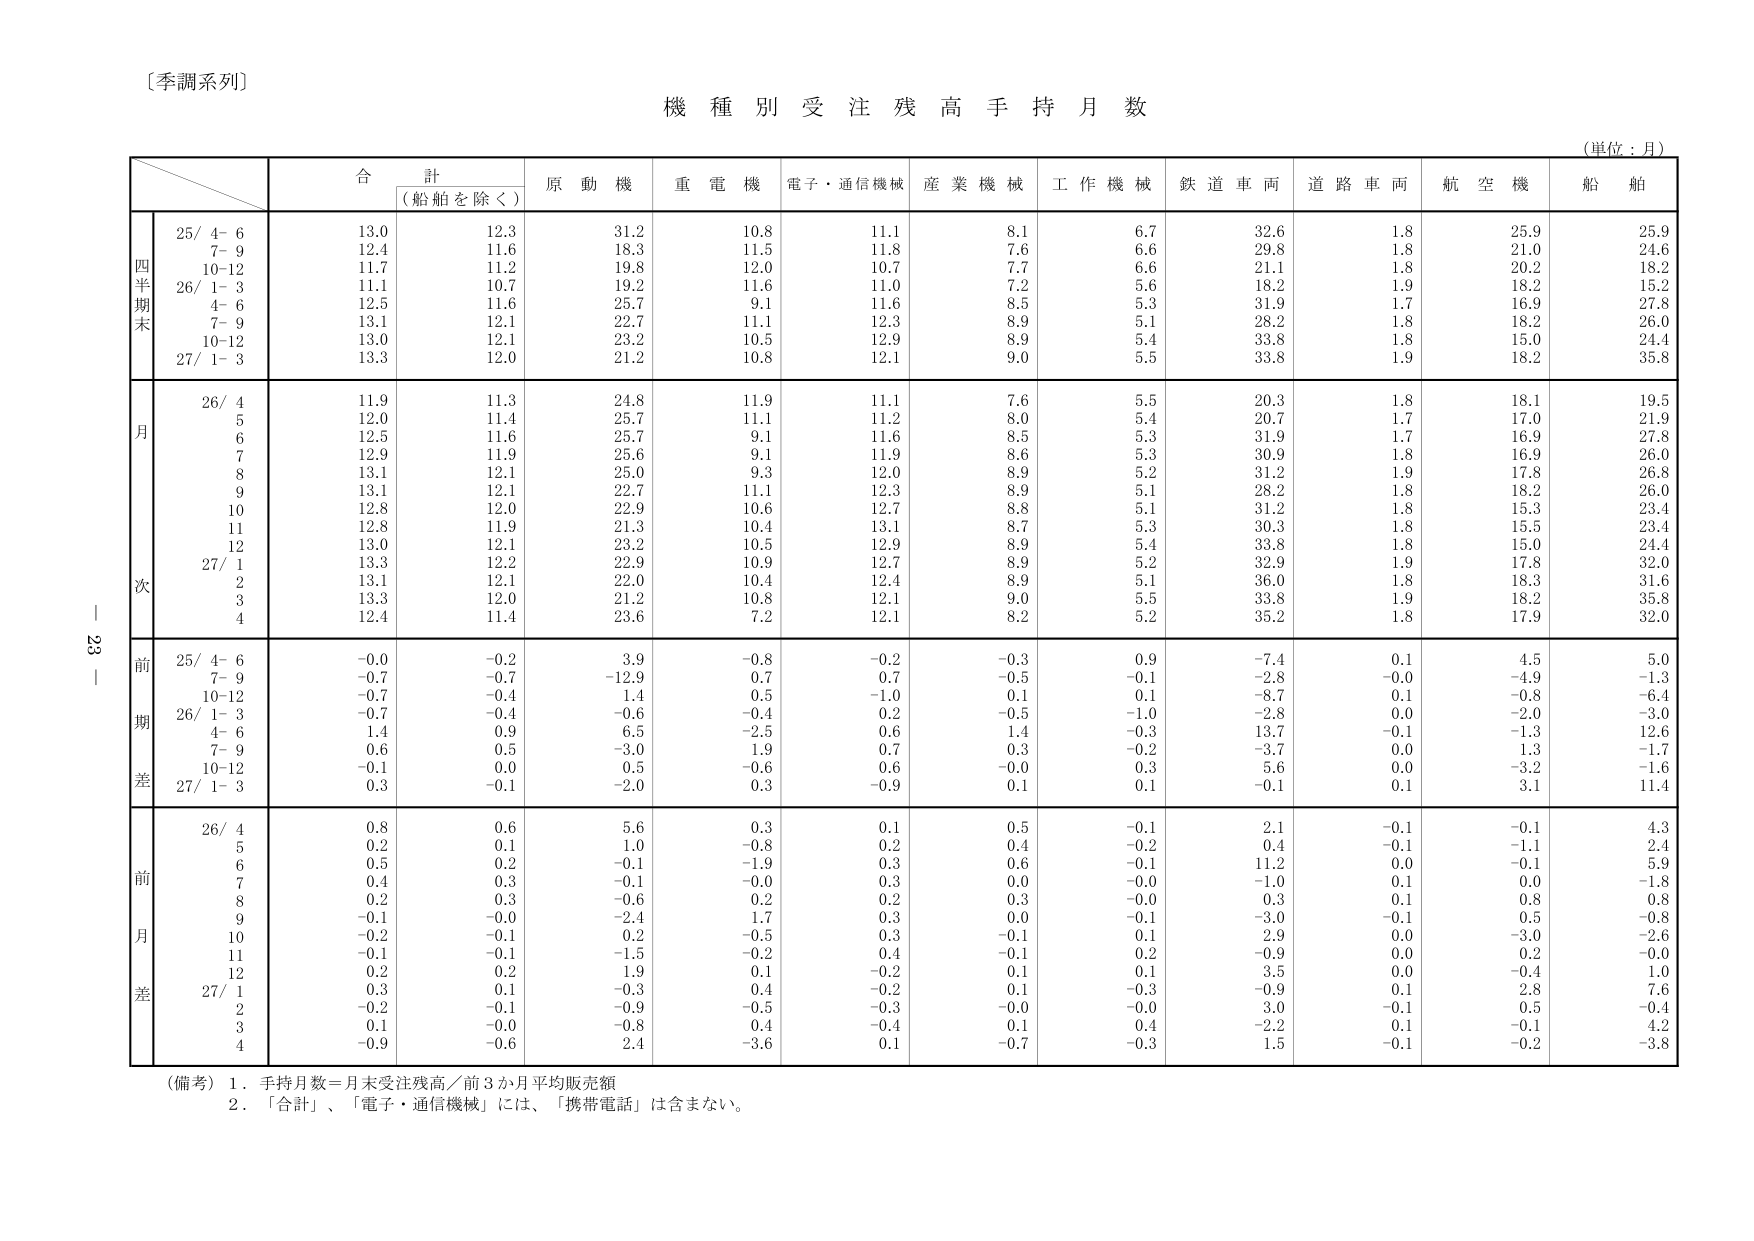
〔季調系列〕
機 種 別 受 注 残 高 手 持 月 数
（単位：月）
合 計
（船舶を除く）
原 動 機
重 電 機
電子・通信機械
産 業 機 械
工 作 機 械
鉄 道 車 両
道 路 車 両
航 空 機
船 舶
四
半
期
末
25/ 4- 6
13.0
12.3
31.2
10.8
11.1
8.1
6.7
32.6
1.8
25.9
25.9
7- 9
12.4
11.6
18.3
11.5
11.8
7.6
6.6
29.8
1.8
21.0
24.6
10-12
11.7
11.2
19.8
12.0
10.7
7.7
6.6
21.1
1.8
20.2
18.2
26/ 1- 3
11.1
10.7
19.2
11.6
11.0
7.2
5.6
18.2
1.9
18.2
15.2
4- 6
12.5
11.6
25.7
9.1
11.6
8.5
5.3
31.9
1.7
16.9
27.8
7- 9
13.1
12.1
22.7
11.1
12.3
8.9
5.1
28.2
1.8
18.2
26.0
10-12
13.0
12.1
23.2
10.5
12.9
8.9
5.4
33.8
1.8
15.0
24.4
27/ 1- 3
13.3
12.0
21.2
10.8
12.1
9.0
5.5
33.8
1.9
18.2
35.8
月
次
26/ 4
11.9
11.3
24.8
11.9
11.1
7.6
5.5
20.3
1.8
18.1
19.5
5
12.0
11.4
25.7
11.1
11.2
8.0
5.4
20.7
1.7
17.0
21.9
6
12.5
11.6
25.7
9.1
11.6
8.5
5.3
31.9
1.7
16.9
27.8
7
12.9
11.9
25.6
9.1
11.9
8.6
5.3
30.9
1.8
16.9
26.0
8
13.1
12.1
25.0
9.3
12.0
8.9
5.2
31.2
1.9
17.8
26.8
9
13.1
12.1
22.7
11.1
12.3
8.9
5.1
28.2
1.8
18.2
26.0
10
12.8
12.0
22.9
10.6
12.7
8.8
5.1
31.2
1.8
15.3
23.4
11
12.8
11.9
21.3
10.4
13.1
8.7
5.3
30.3
1.8
15.5
23.4
12
13.0
12.1
23.2
10.5
12.9
8.9
5.4
33.8
1.8
15.0
24.4
27/ 1
13.3
12.2
22.9
10.9
12.7
8.9
5.2
32.9
1.9
17.8
32.0
2
13.1
12.1
22.0
10.4
12.4
8.9
5.1
36.0
1.8
18.3
31.6
3
13.3
12.0
21.2
10.8
12.1
9.0
5.5
33.8
1.9
18.2
35.8
4
12.4
11.4
23.6
7.2
12.1
8.2
5.2
35.2
1.8
17.9
32.0
前
期
差
25/ 4- 6
-0.0
-0.2
3.9
-0.8
-0.2
-0.3
0.9
-7.4
0.1
4.5
5.0
7- 9
-0.7
-0.7
-12.9
0.7
0.7
-0.5
-0.1
-2.8
-0.0
-4.9
-1.3
10-12
-0.7
-0.4
1.4
0.5
-1.0
0.1
0.1
-8.7
0.1
-0.8
-6.4
26/ 1- 3
-0.7
-0.4
-0.6
-0.4
0.2
-0.5
-1.0
-2.8
0.0
-2.0
-3.0
4- 6
1.4
0.9
6.5
-2.5
0.6
1.4
-0.3
13.7
-0.1
-1.3
12.6
7- 9
0.6
0.5
-3.0
1.9
0.7
0.3
-0.2
-3.7
0.0
1.3
-1.7
10-12
-0.1
0.0
0.5
-0.6
0.6
-0.0
0.3
5.6
0.0
-3.2
-1.6
27/ 1- 3
-0.3
-0.1
-2.0
0.3
-0.9
-0.1
0.1
-0.1
0.1
3.1
11.4
前
月
差
26/ 4
0.8
0.6
5.6
0.3
0.1
0.5
-0.1
2.1
-0.1
-0.1
4.3
5
0.2
0.1
1.0
-0.8
0.2
0.4
-0.2
0.4
-0.1
-1.1
2.4
6
0.5
0.2
-0.1
-1.9
0.3
0.6
-0.1
11.2
0.0
-0.1
5.9
7
0.4
0.3
-0.1
-0.0
0.3
0.0
-0.0
-1.0
0.1
0.0
-1.8
8
0.2
0.3
-0.6
0.2
0.2
0.3
-0.0
0.3
0.1
0.8
0.8
9
-0.1
-0.0
-2.4
1.7
0.3
0.0
-0.1
-3.0
-0.1
0.5
-0.8
10
-0.2
-0.1
0.2
-0.5
0.3
-0.1
0.1
2.9
0.0
-3.0
-2.6
11
-0.1
-0.1
-1.5
-0.2
0.4
-0.1
0.2
-0.9
0.0
0.2
-0.0
12
0.2
0.2
1.9
0.1
-0.2
0.1
0.1
3.5
0.0
-0.4
1.0
27/ 1
0.3
0.1
-0.3
0.4
-0.2
0.1
-0.3
-0.9
0.1
2.8
7.6
2
-0.2
-0.1
-0.9
-0.5
-0.3
-0.0
-0.0
3.0
-0.1
0.5
-0.4
3
0.1
-0.0
-0.8
0.4
-0.4
0.1
0.4
-2.2
0.1
-0.1
4.2
4
-0.9
-0.6
2.4
-3.6
0.1
-0.7
-0.3
1.5
-0.1
-0.2
-3.8
（備考）1．手持月数＝月末受注残高／前3か月平均販売額
2．「合計」、「電子・通信機械」には、「携帯電話」は含まない。
23